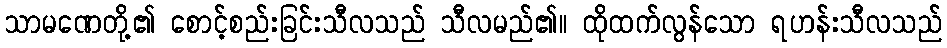
သာမဏေတို့၏ စောင့်စည်းခြင်းသီလသည် သီလမည်၏။ ထိုထက်လွန်သော ရဟန်းသီလသည်